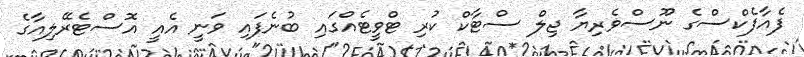
ފެއާފެކްސްގެ ނޫސްވެރިޔާ ޖިލް ސްޓާކް ކުރި ޓްވީޓެއްގައި ބުނެފައި ވަނީ އެއީ އޮސްޓެރޭލިއާގެ